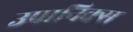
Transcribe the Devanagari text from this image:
उपानिक्स